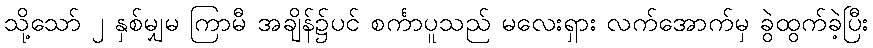
သို့သော် ၂ နှစ်မျှမ ကြာမီ အချိန်၌ပင် စင်္ကာပူသည် မလေးရှား လက်အောက်မှ ခွဲထွက်ခဲ့ပြီး